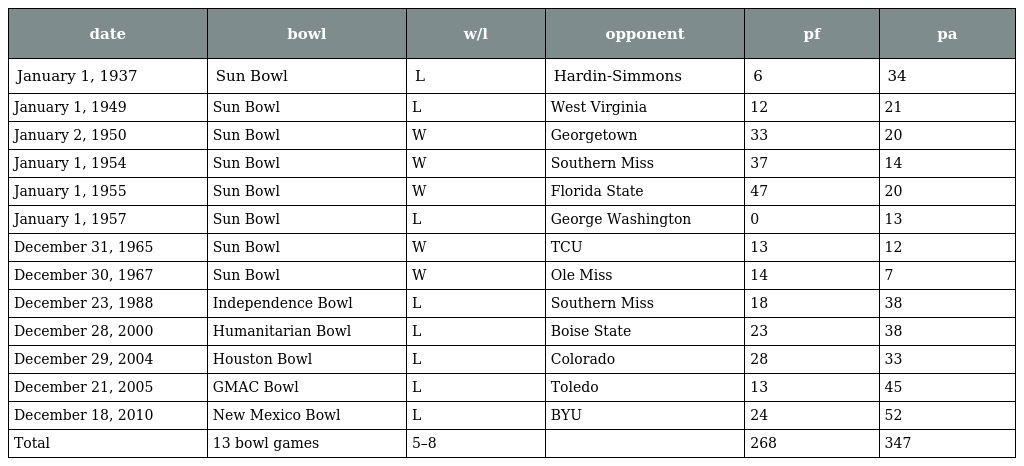
| date | bowl | w/l | opponent | pf | pa |
 | --- | --- | --- | --- | --- | --- |
 | January 1, 1937 | Sun Bowl | L | Hardin-Simmons | 6 | 34 |
 | January 1, 1949 | Sun Bowl | L | West Virginia | 12 | 21 |
 | January 2, 1950 | Sun Bowl | W | Georgetown | 33 | 20 |
 | January 1, 1954 | Sun Bowl | W | Southern Miss | 37 | 14 |
 | January 1, 1955 | Sun Bowl | W | Florida State | 47 | 20 |
 | January 1, 1957 | Sun Bowl | L | George Washington | 0 | 13 |
 | December 31, 1965 | Sun Bowl | W | TCU | 13 | 12 |
 | December 30, 1967 | Sun Bowl | W | Ole Miss | 14 | 7 |
 | December 23, 1988 | Independence Bowl | L | Southern Miss | 18 | 38 |
 | December 28, 2000 | Humanitarian Bowl | L | Boise State | 23 | 38 |
 | December 29, 2004 | Houston Bowl | L | Colorado | 28 | 33 |
 | December 21, 2005 | GMAC Bowl | L | Toledo | 13 | 45 |
 | December 18, 2010 | New Mexico Bowl | L | BYU | 24 | 52 |
 | Total | 13 bowl games | 5–8 |  | 268 | 347 |